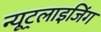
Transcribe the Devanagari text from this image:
न्यूट्रलाइजिंग